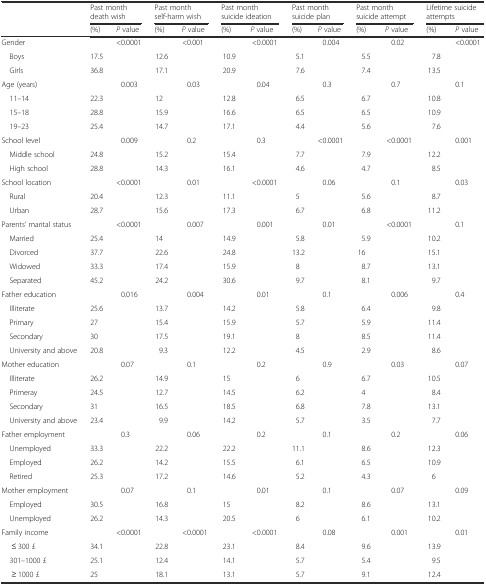
<table><thead><tr><td></td><td colspan="2"><b>Past month death wish</b></td><td colspan="2"><b>Past month self-harm wish</b></td><td colspan="2"><b>Past month suicide ideation</b></td><td colspan="2"><b>Past month suicide plan</b></td><td colspan="2"><b>Past month suicide attempt</b></td><td colspan="2"><b>Lifetime suicide attempts</b></td></tr><tr><td></td><td><b>(%)</b></td><td><b><i>P</i> value</b></td><td><b>(%)</b></td><td><b><i>P</i> value</b></td><td><b>(%)</b></td><td><b><i>P</i> value</b></td><td><b>(%)</b></td><td><b><i>P</i> value</b></td><td><b>(%)</b></td><td><b><i>P</i> value</b></td><td><b>(%)</b></td><td><b><i>P</i> value</b></td></tr></thead><tbody><tr><td>Gender</td><td></td><td rowspan="3">&lt;0.0001</td><td></td><td rowspan="3">&lt;0.001</td><td></td><td rowspan="3">&lt;0.0001</td><td></td><td rowspan="3">0.004</td><td></td><td rowspan="3">0.02</td><td></td><td rowspan="3">&lt;0.0001</td></tr><tr><td> Boys</td><td>17.5</td><td>12.6</td><td>10.9</td><td>5.1</td><td>5.5</td><td>7.8</td></tr><tr><td> Girls</td><td>36.8</td><td>17.1</td><td>20.9</td><td>7.6</td><td>7.4</td><td>13.5</td></tr><tr><td>Age (years)</td><td></td><td rowspan="4">0.003</td><td></td><td rowspan="3">0.03</td><td></td><td rowspan="3">0.04</td><td></td><td rowspan="3">0.3</td><td></td><td rowspan="3">0.7</td><td></td><td rowspan="3">0.1</td></tr><tr><td> 11–14</td><td>22.3</td><td>12</td><td>12.8</td><td>6.5</td><td>6.7</td><td>10.8</td></tr><tr><td> 15–18</td><td>28.8</td><td>15.9</td><td>16.6</td><td>6.5</td><td>6.5</td><td>10.9</td></tr><tr><td> 19–23</td><td>25.4</td><td>14.7</td><td></td><td>17.1</td><td></td><td>4.4</td><td></td><td>5.6</td><td></td><td>7.6</td><td></td></tr><tr><td>School level</td><td></td><td rowspan="3">0.009</td><td></td><td rowspan="3">0.2</td><td></td><td rowspan="3">0.3</td><td></td><td rowspan="3">&lt;0.0001</td><td></td><td rowspan="3">&lt;0.0001</td><td></td><td rowspan="3">0.001</td></tr><tr><td> Middle school</td><td>24.8</td><td>15.2</td><td>15.4</td><td>7.7</td><td>7.9</td><td>12.2</td></tr><tr><td> High school</td><td>28.8</td><td>14.3</td><td>16.1</td><td>4.6</td><td>4.7</td><td>8.5</td></tr><tr><td>School location</td><td></td><td rowspan="3">&lt;0.0001</td><td></td><td rowspan="3">0.01</td><td></td><td rowspan="3">&lt;0.0001</td><td></td><td rowspan="3">0.06</td><td></td><td rowspan="3">0.1</td><td></td><td rowspan="3">0.03</td></tr><tr><td> Rural</td><td>20.4</td><td>12.3</td><td>11.1</td><td>5</td><td>5.6</td><td>8.7</td></tr><tr><td> Urban</td><td>28.7</td><td>15.6</td><td>17.3</td><td>6.7</td><td>6.8</td><td>11.2</td></tr><tr><td>Parents’ marital status</td><td></td><td rowspan="5">&lt;0.0001</td><td></td><td rowspan="5">0.007</td><td></td><td rowspan="5">0.001</td><td></td><td rowspan="5">0.01</td><td></td><td rowspan="5">&lt;0.0001</td><td></td><td rowspan="5">0.1</td></tr><tr><td> Married</td><td>25.4</td><td>14</td><td>14.9</td><td>5.8</td><td>5.9</td><td>10.2</td></tr><tr><td> Divorced</td><td>37.7</td><td>22.6</td><td>24.8</td><td>13.2</td><td>16</td><td>15.1</td></tr><tr><td> Widowed</td><td>33.3</td><td>17.4</td><td>15.9</td><td>8</td><td>8.7</td><td>13.1</td></tr><tr><td> Separated</td><td>45.2</td><td>24.2</td><td>30.6</td><td>9.7</td><td>8.1</td><td>9.7</td></tr><tr><td>Father education</td><td></td><td rowspan="5">0.016</td><td></td><td rowspan="5">0.004</td><td></td><td rowspan="5">0.01</td><td></td><td rowspan="5">0.1</td><td></td><td rowspan="5">0.006</td><td></td><td rowspan="5">0.4</td></tr><tr><td> Illiterate</td><td>25.6</td><td>13.7</td><td>14.2</td><td>5.8</td><td>6.4</td><td>9.8</td></tr><tr><td> Primary</td><td>27</td><td>15.4</td><td>15.9</td><td>5.7</td><td>5.9</td><td>11.4</td></tr><tr><td> Secondary</td><td>30</td><td>17.5</td><td>19.1</td><td>8</td><td>8.5</td><td>11.4</td></tr><tr><td> University and above</td><td>20.8</td><td>9.3</td><td>12.2</td><td>4.5</td><td>2.9</td><td>8.6</td></tr><tr><td>Mother education</td><td></td><td rowspan="5">0.07</td><td></td><td rowspan="5">0.1</td><td></td><td rowspan="5">0.2</td><td></td><td rowspan="5">0.9</td><td></td><td rowspan="5">0.03</td><td></td><td rowspan="5">0.07</td></tr><tr><td> Illiterate</td><td>26.2</td><td>14.9</td><td>15</td><td>6</td><td>6.7</td><td>10.5</td></tr><tr><td> Primeray</td><td>24.5</td><td>12.7</td><td>14.5</td><td>6.2</td><td>4</td><td>8.4</td></tr><tr><td> Secondary</td><td>31</td><td>16.5</td><td>18.5</td><td>6.8</td><td>7.8</td><td>13.1</td></tr><tr><td> University and above</td><td>23.4</td><td>9.9</td><td>14.2</td><td>5.7</td><td>3.5</td><td>7.7</td></tr><tr><td>Father employment</td><td></td><td rowspan="4">0.3</td><td></td><td rowspan="4">0.06</td><td></td><td rowspan="4">0.2</td><td></td><td rowspan="4">0.1</td><td></td><td rowspan="4">0.2</td><td></td><td rowspan="4">0.06</td></tr><tr><td> Unemployed</td><td>33.3</td><td>22.2</td><td>22.2</td><td>11.1</td><td>8.6</td><td>12.3</td></tr><tr><td> Employed</td><td>26.2</td><td>14.2</td><td>15.5</td><td>6.1</td><td>6.5</td><td>10.9</td></tr><tr><td> Retired</td><td>25.3</td><td>17.2</td><td>14.6</td><td>5.2</td><td>4.3</td><td>6</td></tr><tr><td>Mother employment</td><td></td><td rowspan="3">0.07</td><td></td><td rowspan="3">0.1</td><td></td><td rowspan="3">0.01</td><td></td><td rowspan="3">0.1</td><td></td><td rowspan="3">0.07</td><td></td><td rowspan="3">0.09</td></tr><tr><td> Employed</td><td>30.5</td><td>16.8</td><td>15</td><td>8.2</td><td>8.6</td><td>13.1</td></tr><tr><td> Unemployed</td><td>26.2</td><td>14.3</td><td>20.5</td><td>6</td><td>6.1</td><td>10.2</td></tr><tr><td>Family income</td><td></td><td rowspan="4">&lt;0.0001</td><td></td><td rowspan="4">&lt;0.0001</td><td></td><td rowspan="4">&lt;0.0001</td><td></td><td rowspan="4">0.08</td><td></td><td rowspan="4">0.001</td><td></td><td rowspan="4">0.01</td></tr><tr><td>≤ 300 £</td><td>34.1</td><td>22.8</td><td>23.1</td><td>8.4</td><td>9.6</td><td>13.9</td></tr><tr><td> 301–1000 £</td><td>25.1</td><td>12.4</td><td>14.1</td><td>5.7</td><td>5.4</td><td>9.5</td></tr><tr><td>≥ 1000 £</td><td>25</td><td>18.1</td><td>13.1</td><td>5.7</td><td>9.1</td><td>12.4</td></tr></tbody></table>